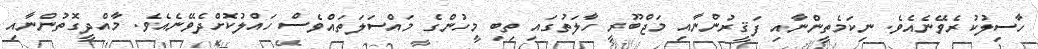
ހާސިލުކުރެވޭނެއެވެ. ނިކަމެތީންނާއި ފަޤީރުންނާއި މަޖްބޫރީ ހާލަތުގައި ތިބި މީހުންގެ މައްސަލަތައްވެސް ހައްލުކޮށްދެވޭނެއެވެ. މާއްދީގޮތުންނާއި